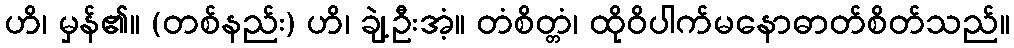
ဟိ၊ မှန်၏။ (တစ်နည်း) ဟိ၊ ချဲ့ဦးအံ့။ တံစိတ္တံ၊ ထိုဝိပါက်မနောဓာတ်စိတ်သည်။